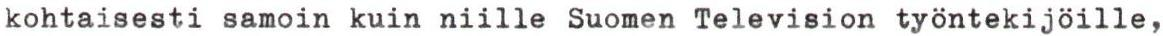
kohtaisesti samoin kuin niille Suomen Television työntekijöille,